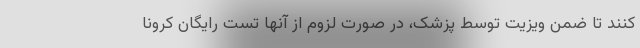
کنند تا ضمن ویزیت توسط پزشک، در صورت لزوم از آنها تست رایگان کرونا